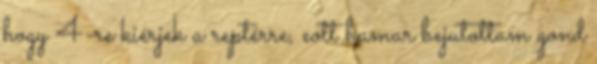
hogy 4-re kiérjek a reptérre, eott hamar bejutottam gond